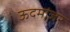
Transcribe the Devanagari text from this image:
ऊदमांजर